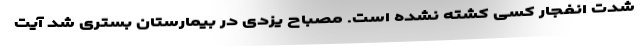
شدت انفجار کسی کشته نشده است. مصباح یزدی در بیمارستان بستری شد آیت